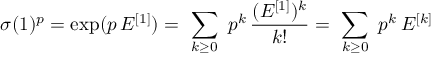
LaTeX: \sigma ( 1 ) ^ { p } = \exp ( p \, E ^ { [ 1 ] } ) = \ \sum _ { k \ge 0 } \ p ^ { k } \, { \frac { ( E ^ { [ 1 ] } ) ^ { k } } { k ! } } = \ \sum _ { k \ge 0 } \ p ^ { k } \, E ^ { [ k ] }